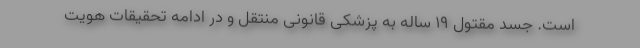
است. جسد مقتول ۱۹ ساله به پزشکی قانونی منتقل و در ادامه تحقیقات هویت